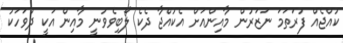
ކުއްޖެއް ފުރަތަމަ ނަޒަރުން މާއިންއަށް އެކުއްޖާ ދެކެ ލޯބިވެވުނީ މާއިން އަކީ ދުވަހަކު